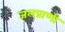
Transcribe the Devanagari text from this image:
जलप्राणी